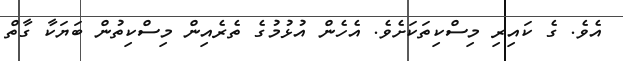
އެވެ. ގެ ކައިރި މިސްކިތަކަށެވެ. އެހެން އުޅުމުގެ ތެރެއިން މިސްކިތުން ބަޔަކާ ގާތް